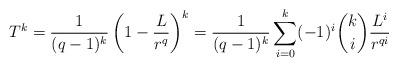
LaTeX: \begin{align*}T^{k}=\frac{1}{(q-1)^{k}}\left(1-\frac{L}{r^{q}}\right)^{k}=\frac{1}{(q-1)^{k}}\sum_{i=0}^{k}(-1)^{i}\binom{k}{i}\frac{L^{i}}{r^{qi}}\end{align*}